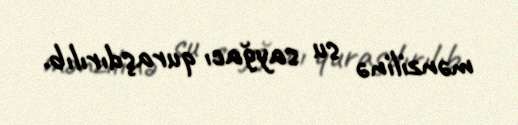
mənzilinə su sayğacı quraşdırılıb.